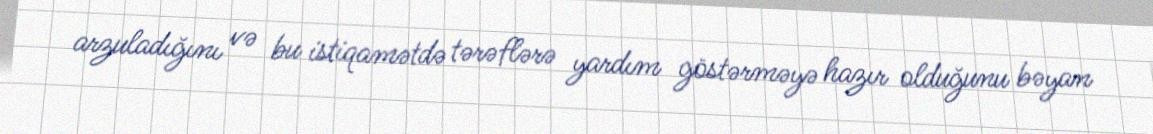
arzuladığını və bu istiqamətdə tərəflərə yardım göstərməyə hazır olduğunu bəyan